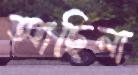
আছিলা